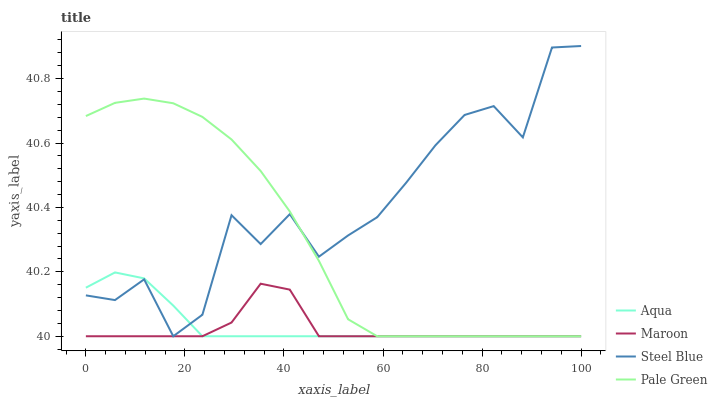
| xaxis_label | Aqua | Maroon | Steel Blue | Pale Green |
 | --- | --- | --- | --- | --- |
 | 0 | 40.2 | 40 | 40.1 | 40.7 |
 | 5.88 | 40.2 | 40 | 40.1 | 40.7 |
 | 11.8 | 40.2 | 40 | 40.2 | 40.7 |
 | 17.6 | 40.1 | 40 | 40 | 40.7 |
 | 23.5 | 40 | 40 | 40.1 | 40.7 |
 | 29.4 | 40 | 40 | 40.4 | 40.6 |
 | 35.3 | 40 | 40.2 | 40.3 | 40.5 |
 | 41.2 | 40 | 40.1 | 40.4 | 40.4 |
 | 47.1 | 40 | 40 | 40.2 | 40.2 |
 | 52.9 | 40 | 40 | 40.3 | 40.1 |
 | 58.8 | 40 | 40 | 40.4 | 40 |
 | 64.7 | 40 | 40 | 40.5 | 40 |
 | 70.6 | 40 | 40 | 40.6 | 40 |
 | 76.5 | 40 | 40 | 40.7 | 40 |
 | 82.4 | 40 | 40 | 40.7 | 40 |
 | 88.2 | 40 | 40 | 40.6 | 40 |
 | 94.1 | 40 | 40 | 40.9 | 40 |
 | 100 | 40 | 40 | 40.9 | 40 |